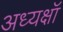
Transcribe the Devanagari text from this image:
अध्यक्षॉ